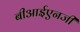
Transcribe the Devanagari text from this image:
बीआईएनजी